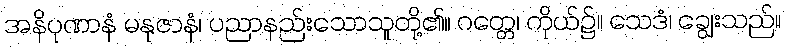
အနိပုဏာနံ မနုဇာနံ၊ ပညာနည်းသောသူတို့၏။ ဂတ္တေ၊ ကိုယ်၌။ သေဒံ၊ ချွေးသည်။